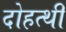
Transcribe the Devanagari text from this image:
दोहत्थी